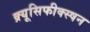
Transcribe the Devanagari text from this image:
क्र्यूसिफीक्स्षन